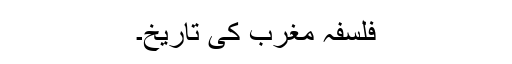
فلسفہ مغرب کی تاریخ۔